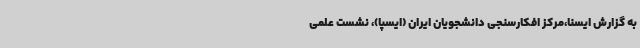
به گزارش ایسنا،مرکز افکارسنجی دانشجویان ایران (ایسپا)، نشست علمی